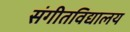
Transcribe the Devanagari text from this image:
संगीतविद्यालय